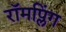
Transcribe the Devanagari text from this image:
रॉमप्लिंग